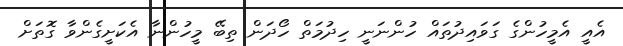
އެއީ އެމީހުންގެ ގަވައިދުތައް ހުންނަނީ ހިދުމަތް ހޯދަން ތިބޭ މީހުންނާ އެކަށީގެންވާ ގޮތަށް